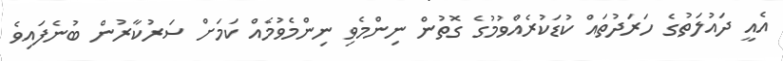
އެއީ ދައުލަތުގެ ހަރަދުތައް ކުޑަކުރެއްވުމުގެ ގޮތުން ނިންމެވި ނިންމެވުމެއް ކަމަށް ސަރުކާރުން ބުނެފައިވެ